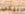
بيكي